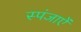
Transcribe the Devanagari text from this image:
स्पंजाऐं